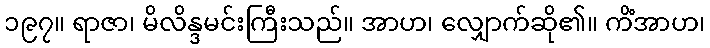
၁၉၇။ ရာဇာ၊ မိလိန္ဒမင်းကြီးသည်။ အာဟ၊ လျှောက်ဆို၏။ ကိံအာဟ၊